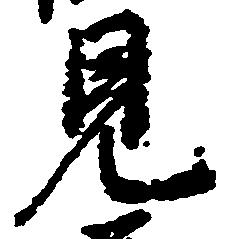
見